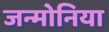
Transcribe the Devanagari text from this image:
जन्मोनिया